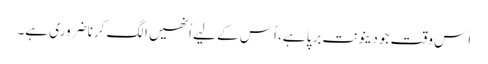
اِس وقت جو دینونت برپا ہے، اُس کے لیے اُنھیں الگ کرنا ضروری ہے۔